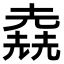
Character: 𠒶